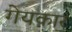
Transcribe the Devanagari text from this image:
गेयकार